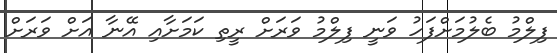
ފިލްމު ބެލުމަށްފަހު ވަނީ ފިލްމު ވަރަށް ރީތި ކަމަށާއި އޭނާ އަށް ވަރަށް